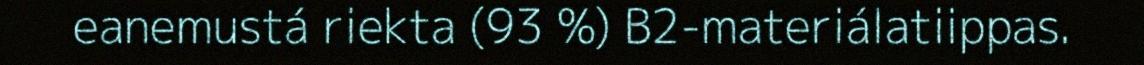
eanemustá riekta (93 %) B2-materiálatiippas.